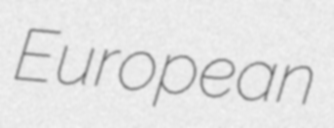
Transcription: European